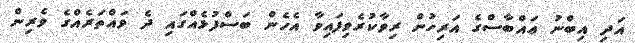
އަދި އިބްނު ޢައްބާސްގެ އަރިހުން ރިވާކުރެވިފައިވާ އެހެން ބަސްފުޅެއްގައި ދެ ވައްތަރެއްގެ ވެރިން